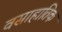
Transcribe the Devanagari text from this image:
वसाहातिक